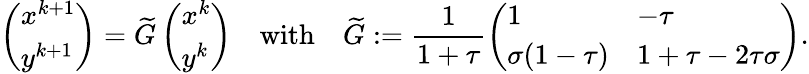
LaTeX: \left(\begin{array}{l}{x^{k+1}}\\ {y^{k+1}}\end{array}\right)=\widetilde G\left(\begin{array}{l}{x^{k}}\\ {y^{k}}\end{array}\right)\quad\mathrm{with}\quad\widetilde G:=\frac{1}{1+\tau}\left(\begin{array}{ll}{1}&{-\tau}\\ {\sigma(1-\tau)}&{1+\tau-2\tau\sigma}\end{array}\right).